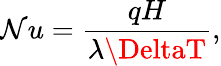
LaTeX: \mathcal{N}u=\frac{{qH}}{{\lambda\DeltaT}},